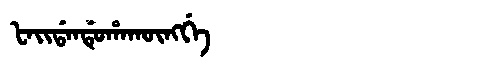
Manchu: ᡶᠠᡳᡩᠠᠨᡩᡠᡥᠠᡴᡡᠩᡤᡝ
Romanization: FAIDANDUHAKŪNGGE